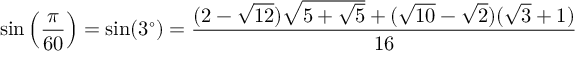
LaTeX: \sin \left( { \frac { \pi } { 6 0 } } \right) = \sin ( 3 ^ { \circ } ) = { \frac { ( 2 - { \sqrt { 1 2 } } ) { \sqrt { 5 + { \sqrt { 5 } } } } + ( { \sqrt { 1 0 } } - { \sqrt { 2 } } ) ( { \sqrt { 3 } } + 1 ) } { 1 6 } }